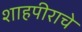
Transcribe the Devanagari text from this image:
शाहपीराचे